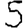
Digit: 5